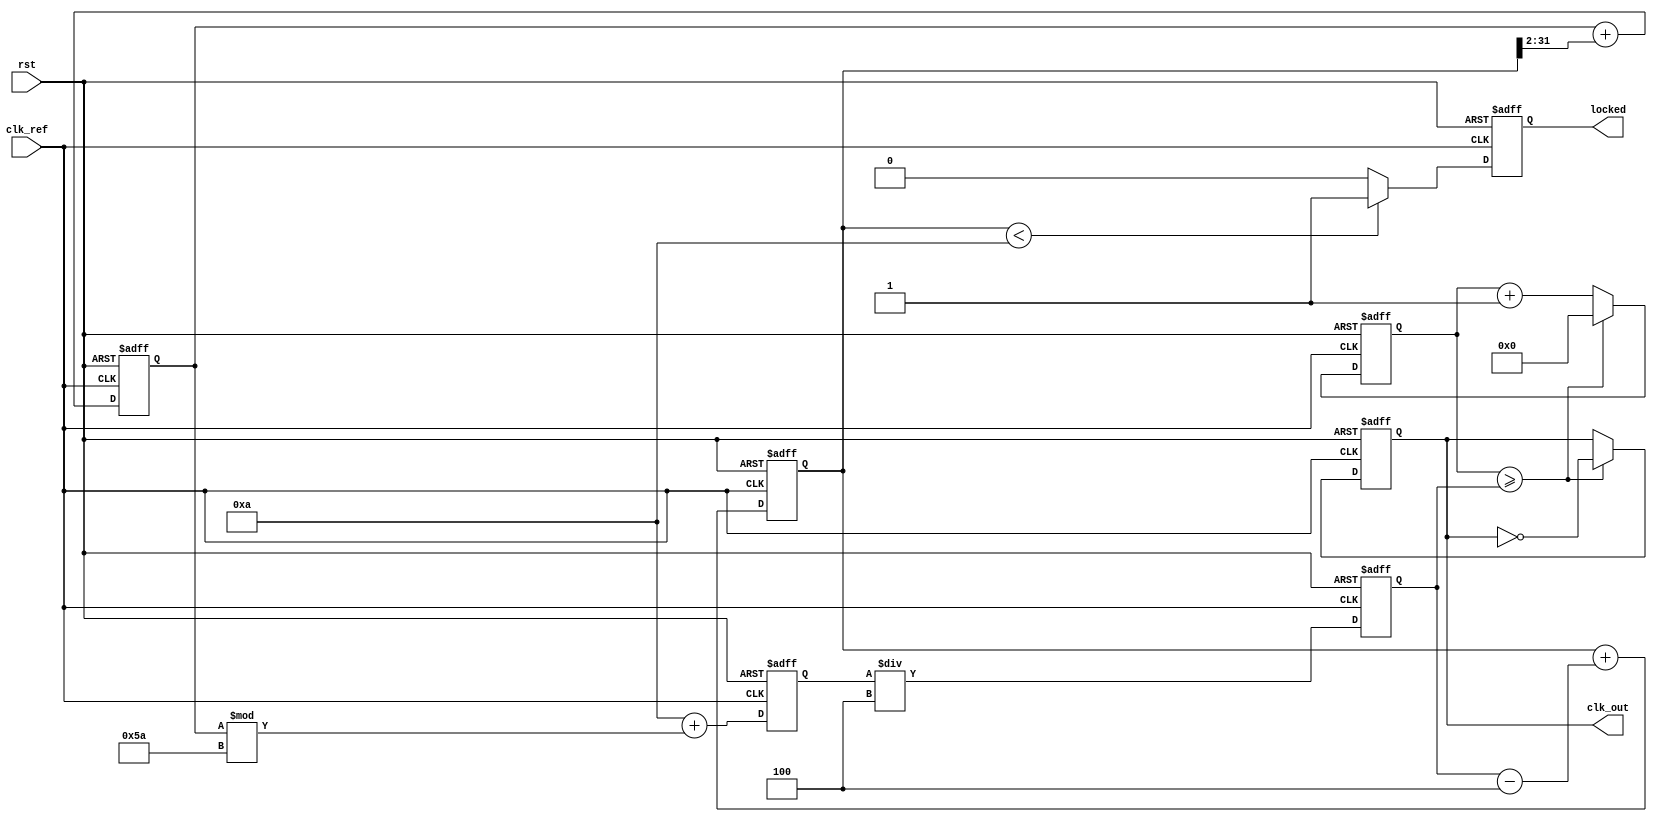
module fractional_PLL (
    input wire clk_ref,            // Reference clock input
    input wire rst,                // Reset signal
    output wire clk_out,           // Output clock signal
    output wire locked             // Lock indicator
);

// Parameters for the PLL
parameter integer DIV_INTEGER = 4; // Integer division factor
parameter integer DIV_FRACTION = 2; // Fractional division factor (1/2)
parameter integer VCO_MAX_FREQ = 100; // Max VCO frequency
parameter integer VCO_MIN_FREQ = 10;  // Min VCO frequency

// Internal signals
reg [31:0] phase_error;            // Phase error signal
reg [31:0] control_voltage;         // Control voltage for VCO
reg [31:0] vco_freq;                // Current VCO frequency
reg [31:0] feedback_div;            // Feedback divider value
reg locked_reg;                    // Lock status

// Phase Detector (PD)
always @(posedge clk_ref or posedge rst) begin
    if (rst) begin
        phase_error <= 0;
    end else begin
        // Simple phase error calculation (for illustration)
        // In practice, this would be more complex
        phase_error <= phase_error + (feedback_div - DIV_INTEGER);
    end
end

// Loop Filter (LF)
always @(posedge clk_ref or posedge rst) begin
    if (rst) begin
        control_voltage <= 0;
    end else begin
        // Simple low-pass filter (for illustration)
        control_voltage <= control_voltage + (phase_error >> 2); // Example filter
    end
end

// Voltage-Controlled Oscillator (VCO)
always @(posedge clk_ref or posedge rst) begin
    if (rst) begin
        vco_freq <= VCO_MIN_FREQ;
    end else begin
        // Control VCO frequency based on control voltage
        // For simplicity, we map control voltage directly to frequency
        vco_freq <= VCO_MIN_FREQ + (control_voltage % (VCO_MAX_FREQ - VCO_MIN_FREQ));
    end
end

// Divider/Feedback Network
always @(posedge clk_ref or posedge rst) begin
    if (rst) begin
        feedback_div <= 0;
    end else begin
        // Implementing integer and fractional division
        feedback_div <= vco_freq / DIV_INTEGER; // Integer division
        // Add logic for fractional division here
        // For example, using a delta-sigma modulator approach
    end
end

// Output Clock Generation
reg [31:0] clk_div_counter;
always @(posedge clk_ref or posedge rst) begin
    if (rst) begin
        clk_div_counter <= 0;
        clk_out <= 0;
    end else begin
        if (clk_div_counter >= feedback_div) begin
            clk_out <= ~clk_out; // Toggle output clock
            clk_div_counter <= 0;
        end else begin
            clk_div_counter <= clk_div_counter + 1;
        end
    end
end

// Lock detection logic
always @(posedge clk_ref or posedge rst) begin
    if (rst) begin
        locked_reg <= 0;
    end else begin
        // Simple lock detection (for illustration)
        // In practice, this would involve more sophisticated checks
        if (phase_error < 10) begin
            locked_reg <= 1; // Locked if phase error is small
        end else begin
            locked_reg <= 0;
        end
    end
end

assign locked = locked_reg;

endmodule